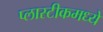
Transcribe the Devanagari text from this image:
प्लास्टीकमध्ये